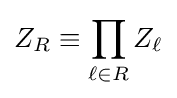
Z_{R}\equiv \prod _{\ell \in R}Z_{\ell }